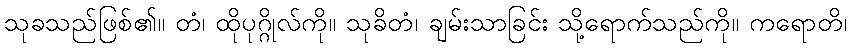
သုခသည်ဖြစ်၏။ တံ၊ ထိုပုဂ္ဂိုလ်ကို။ သုခိတံ၊ ချမ်းသာခြင်း သို့ရောက်သည်ကို။ ကရောတိ၊